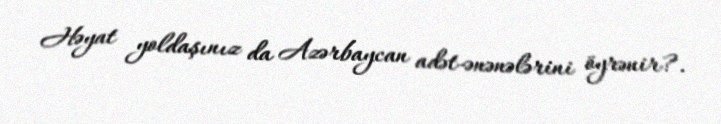
Həyat yoldaşınız da Azərbaycan adət-ənənələrini öyrənir?.